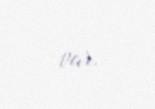
var.